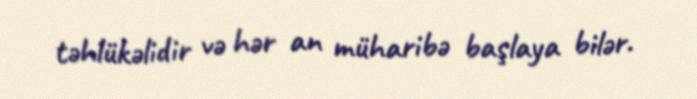
təhlükəlidir və hər an müharibə başlaya bilər.